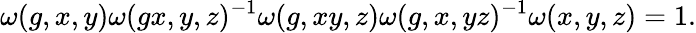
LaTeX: \omega(g,x,y)\omega(gx,y,z)^{-1}\omega(g,xy,z)\omega(g,x,yz)^{-1}\omega(x,y,z)=1.